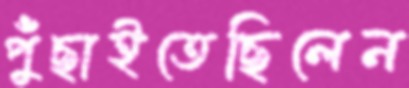
পুঁছাইতেছিলেন